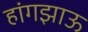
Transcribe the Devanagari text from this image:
हांगझाऊ